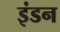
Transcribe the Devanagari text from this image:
इंडन